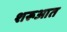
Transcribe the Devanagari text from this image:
शरूआत